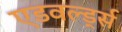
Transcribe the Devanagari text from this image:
एडवर्ल्ड्स